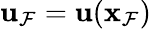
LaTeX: \mathbf{u}_{\mathcal{F}}=\mathbf{u}(\mathbf{x}_{\mathcal{F}})